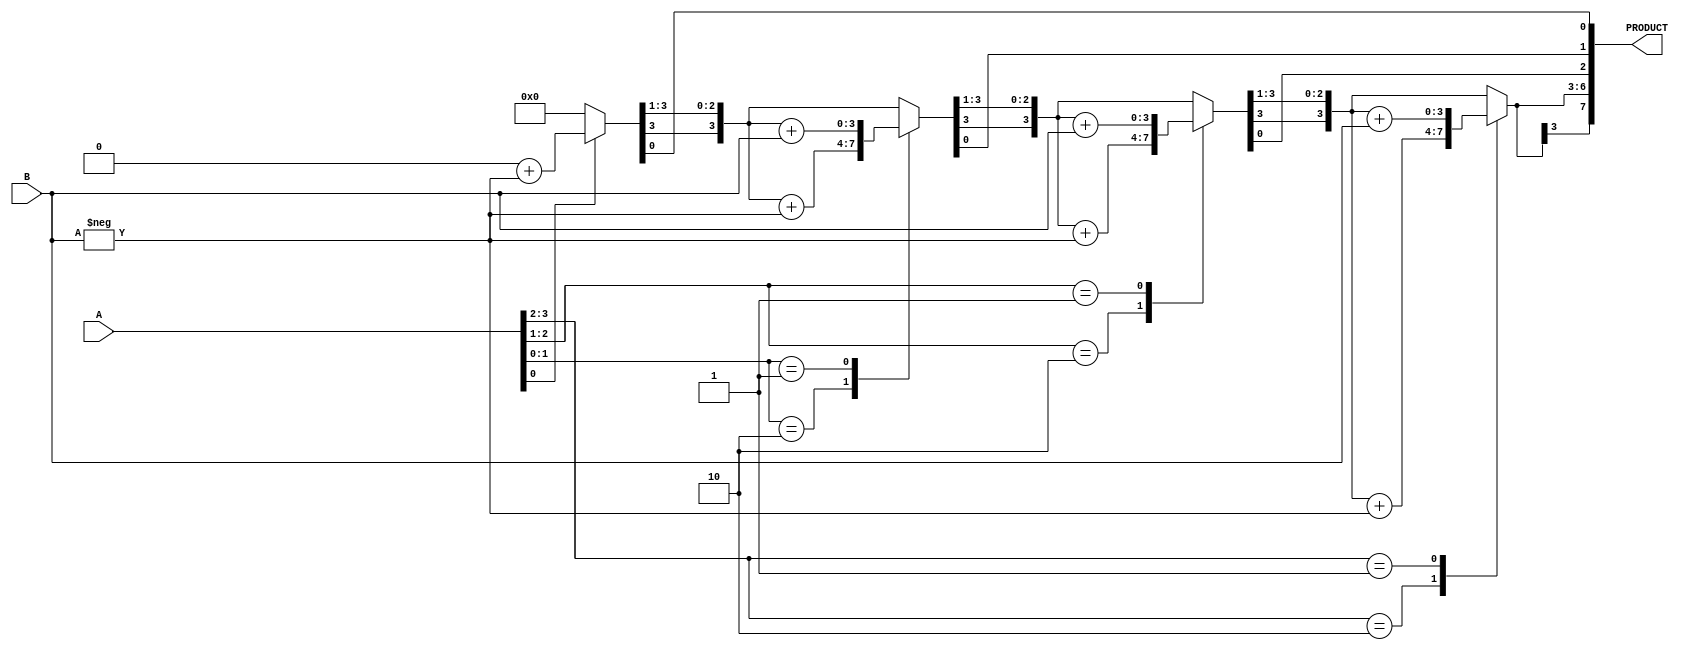
// This takes two  4 bit numbers and outputs a  8 bit number
// Need to check the code, still not working for negative numbers
//
module jboothMultiplier(PRODUCT, A, B);
  output reg signed [7:0] PRODUCT;
  input  [3:0] A, B;

  reg [1:0] temp;
  integer i;
  reg e;
  reg [3:0] B1;

  always @(A,B)
  begin
    PRODUCT = 8'd0;
    e = 1'b0;
    B1 = -B;
    
    for (i=0; i<4; i=i+1)
    begin
      temp = { A[i], e };
      case(temp)
        2'd2 : PRODUCT[7:4] = PRODUCT[7:4] + B1;
        2'd1 : PRODUCT[7:4] = PRODUCT[7:4] + B;
      endcase
      PRODUCT = PRODUCT >> 1;
      PRODUCT[7] = PRODUCT[6];
      e=A[i];
      
    end
  end
  
endmodule